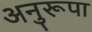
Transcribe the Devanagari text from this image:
अनुरूपा